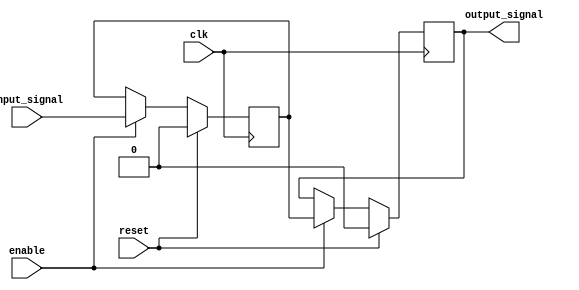
module latch_delay (
  input wire clk,
  input wire reset,
  input wire enable,
  input wire input_signal,
  output reg output_signal
);

reg latch;

always @(posedge clk) begin
  if (reset) begin
    latch <= 1'b0;
    output_signal <= 1'b0;
  end else if (enable) begin
    latch <= input_signal;
    output_signal <= latch;
  end
end

endmodule